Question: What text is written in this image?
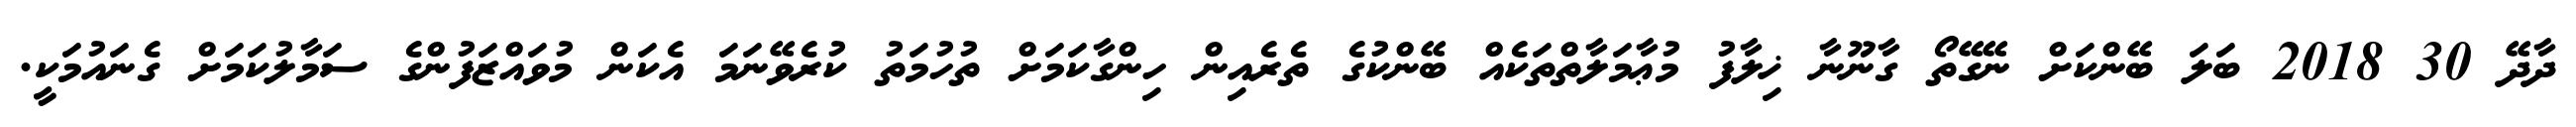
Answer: ދާދޭ 30 2018 ބަލަ ބޭންކަށް ނޭގޭތޯ ގާނޫނާ ޚިލާފު މުޢާމަލާތްތަކެއް ބޭންކުގެ ތެރެއިން ހިންގާކަމަށް ތުހުމަތު ކުރެވޭނަމަ އެކަން މުވައްޒަފުންގެ ސަމާލުކަމަށް ގެނައުމަކީ.